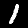
Label: 1